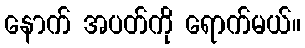
နောက် အပတ်ကို ရောက်မယ်။